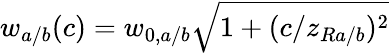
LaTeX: w_{a/b}(c)=w_{0,a/b}\sqrt{1+(c/z_{Ra/b})^{2}}